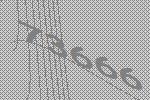
73666